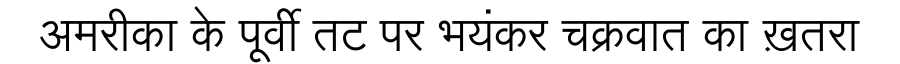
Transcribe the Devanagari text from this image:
अमरीका के पूर्वी तट पर भयंकर चक्रवात का ख़तरा